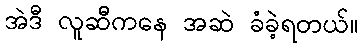
အဲဒီ လူဆီကနေ အဆဲ ခံခဲ့ရတယ်။